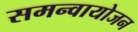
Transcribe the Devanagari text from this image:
समन्वायोजन